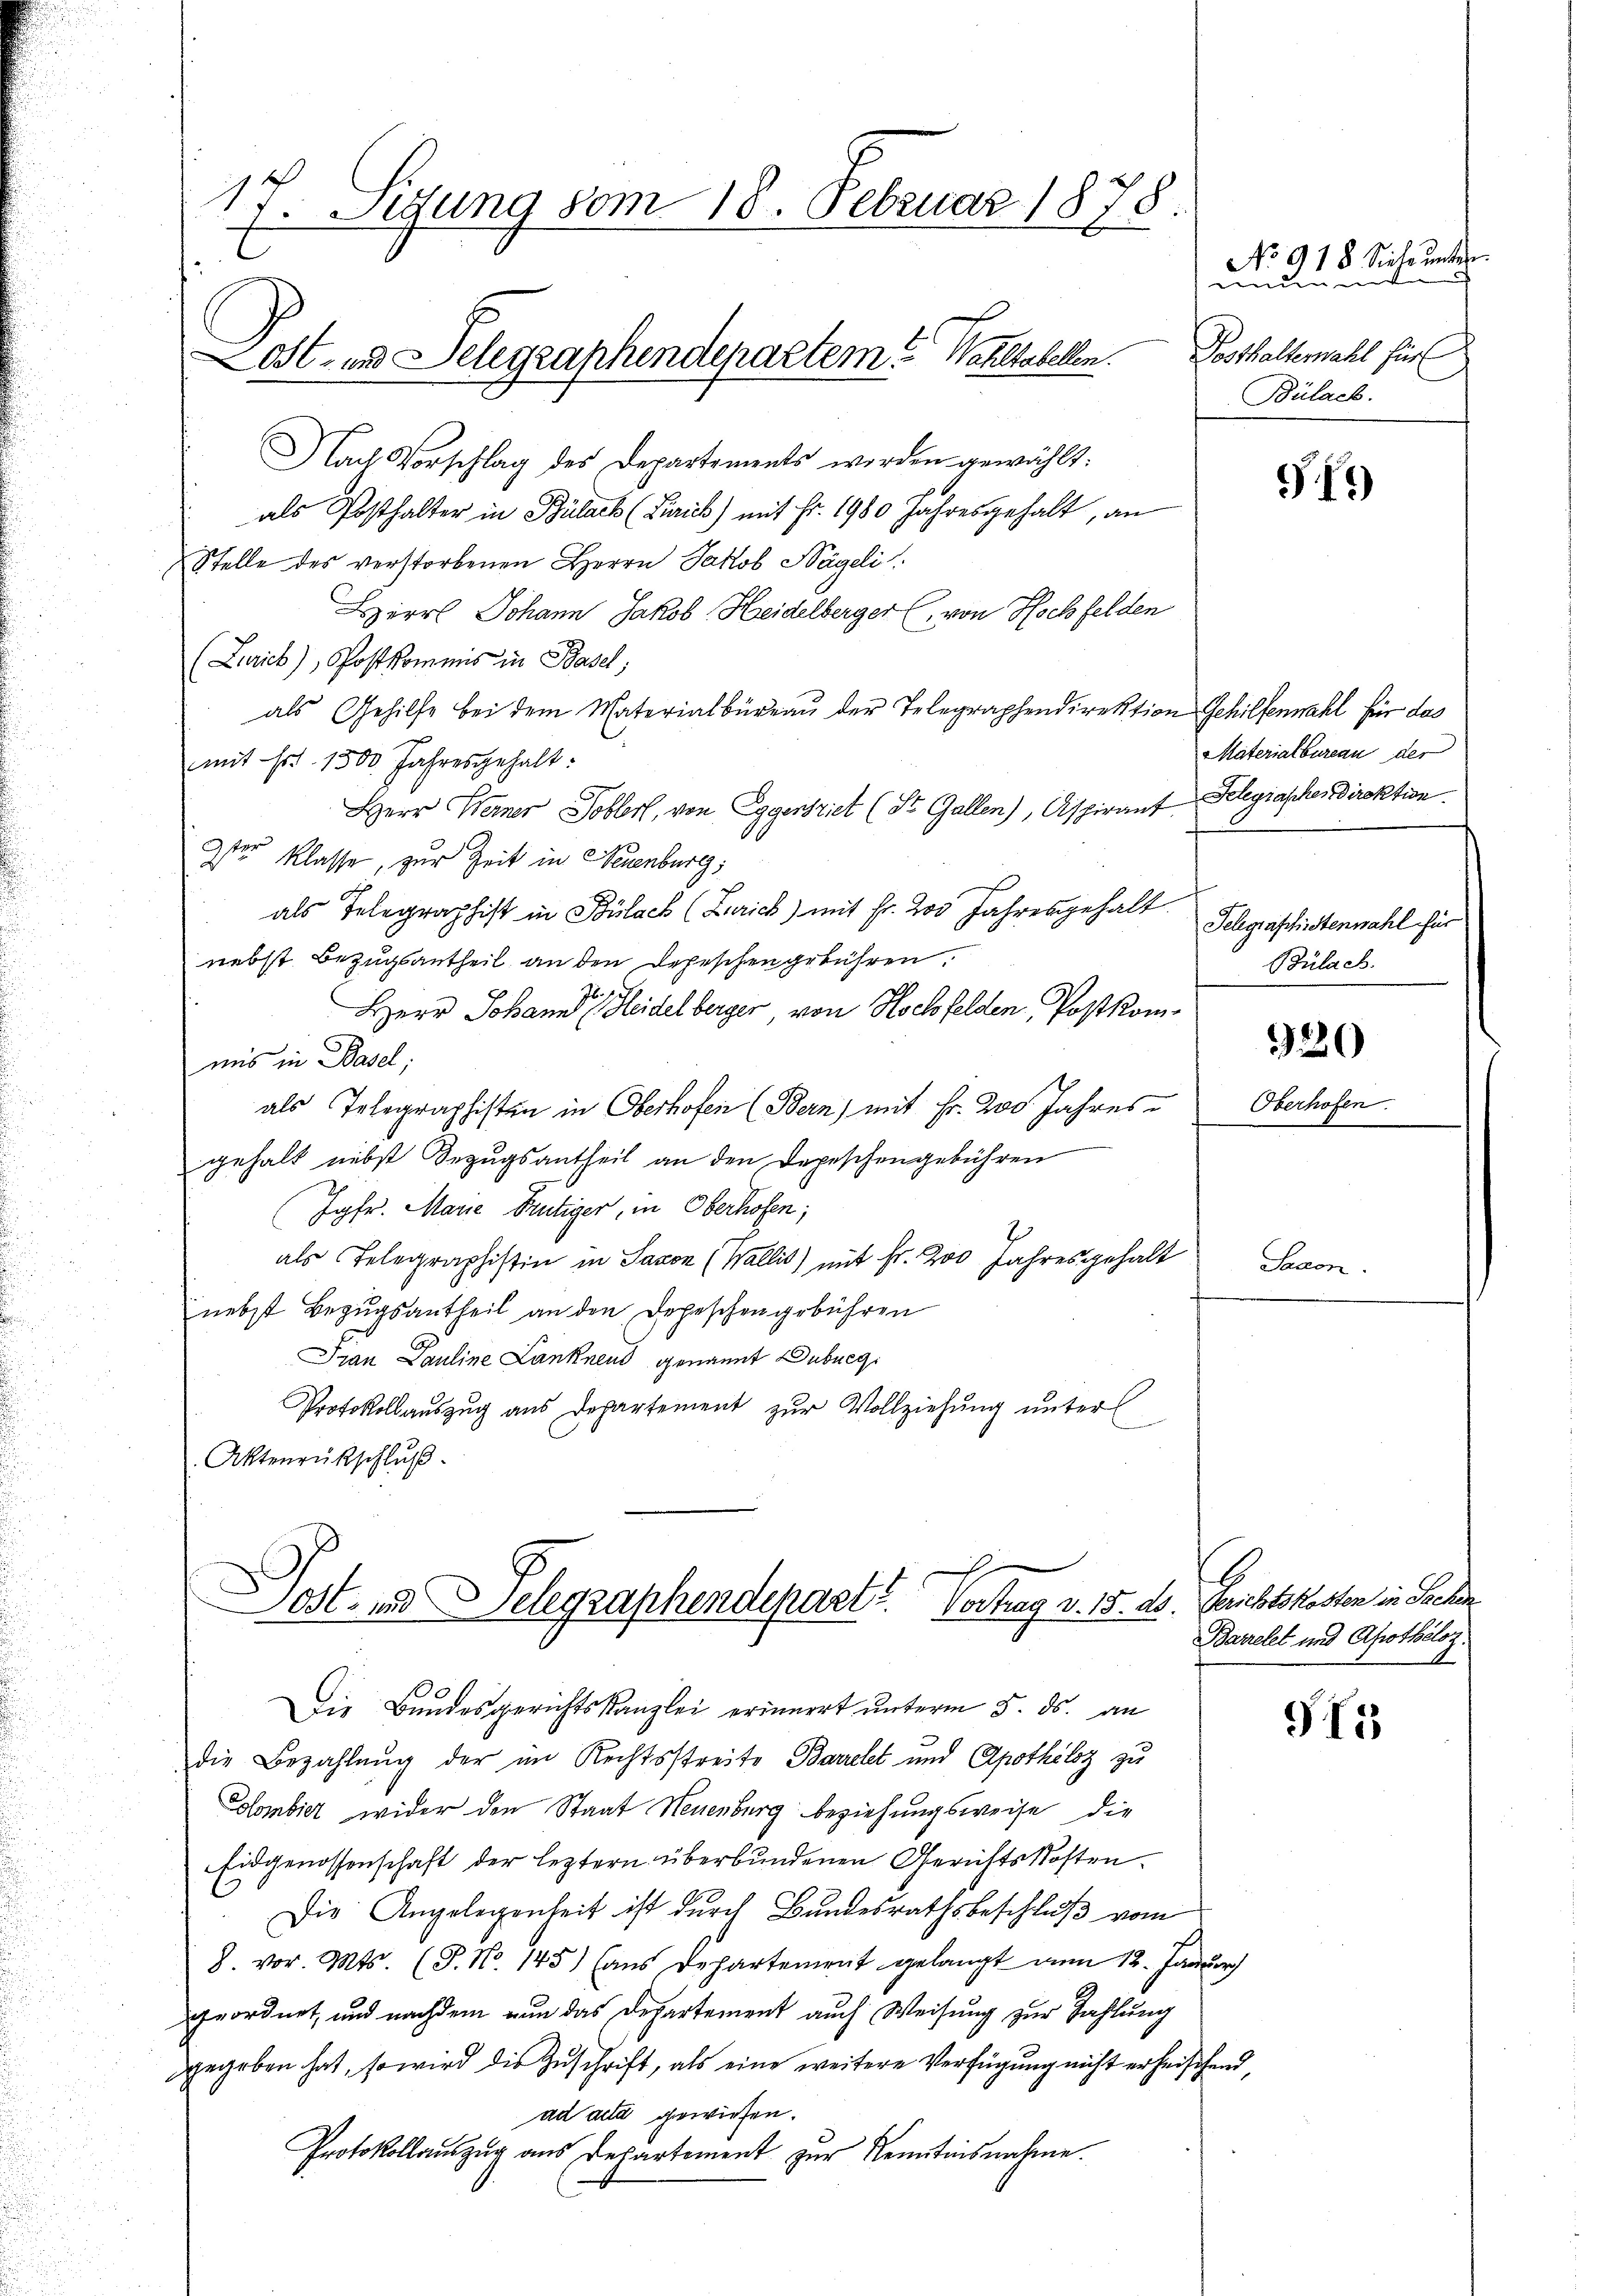
Nach Vorschlag des Departements werden gewählt:
als Posthalter in Bülach (Zürich) mit Fr. 1980 Jahresgehalt, an
Stelle des verstorbenen Herrn Jakob Nägeli
Bzirrl Johann Jakob Heidelberger (von Hochfelden
(Zürich), Postkommis in Basel;
als Gehilfe bei dem Materialbüreaŭ der Telegraphendirektion Gehilfenmahl für das
mit Fr. 1500. Jahresgehalt:
Herr Werner Tobler, von Eggersziet (St. Gallen), Aspirant Gelegrascher Direktion
2ter Klasse, zur Zeit in Neuenburg,
als Telegraphist in Bülach (Zürich) mit Fr. 200 Jahresgehalt
nebst Bezugsantheil an den Depeschen gebühren.
Herr Johann leidelberger, von Hochfelden, Postkomuns in Basel;
als Telegraphisten in Oberhofen (Bern) mit Fr. 200 Jahresgehalt nebst Bezugsantheil an den Depeschengebühren
Jgfr. Marie Frutiger, in Oberhofen;
als Telegraphistin in Saxon (Wallis) mit Fr. 200 Jahresgehalt
nebst Bezugsantheil an den Depeschengebühren
Sian Pauline Lanknend genannt Dubueg
Protokollauszug aus Departement zur Vollziehung unter
Aktenrückschluß.

17. Sitzung vom 18. Februar 1878.
Lost- und Telegraphendepartem? Wohltabellen.

Dost- und Delegraphendepart? Vortrag v. 15. ab. Hausts kosten in Sachen

118 Siche unter.
unden eint
Posthallemahl für
Bülach.

Die Bundesgerichtskanzlei erinnert unterm 5. ds. an
die Bezahlung der im Rechtsstreite Barcelet und Apothéloz zu
Kombier wider den Staat Neuenburg beziehungsweise die
Eidgenossenschaft der leztern überbundenen Gerichtskosten.
Die Angelegenheit ist durch Bundesrathsbeschlŭβ vom
8. vor. Mts. (T. No. 145) (ans Departement gelangt am 12. Janŭar
geordnet, und nachdem nun das Departement auch Weisung zur Zahlung
dgegeben hat, so wird die Zuschrift, als eine weitere Verfügung nicht erheischend,
ad acta gewiesen.
Protokollauszug aus Departement zur Kenntnisnahme.

Chanc

f

Materialbureau der

Telegraphistenwahl für
Bülach.

320

Oberhofen.

Barrelet und Apothéloz.

95